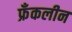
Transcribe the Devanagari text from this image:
फ्रँकलीन